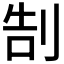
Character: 𠜯